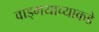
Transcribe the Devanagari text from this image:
वाड्मयाच्याकडे